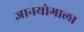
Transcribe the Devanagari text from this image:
ज्ञानयोगाला